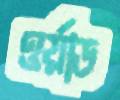
ওর্য়াড